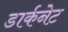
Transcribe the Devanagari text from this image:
डार्कनेट